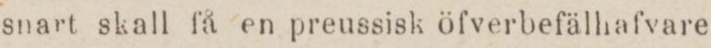
snart skall få en preussisk öfverbefälhafvare